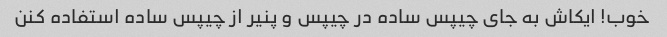
خوب! ایکاش به جای چیپس ساده در چیپس و پنیر از چیپس ساده استفاده کنن